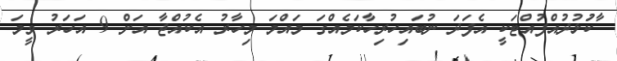
ާާާކުަަޅުދުއްފުއްޓަކީ އެފަދަ ނުބައިހުރިހާކަމެއްގަ މައްމަ މިހާރު އެކުއްޖާ އަށް 9 އަހަރު ވީމަ